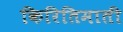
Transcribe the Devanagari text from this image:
किरितिमाती